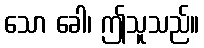
သော ခေါ၊ ဤသူသည်။